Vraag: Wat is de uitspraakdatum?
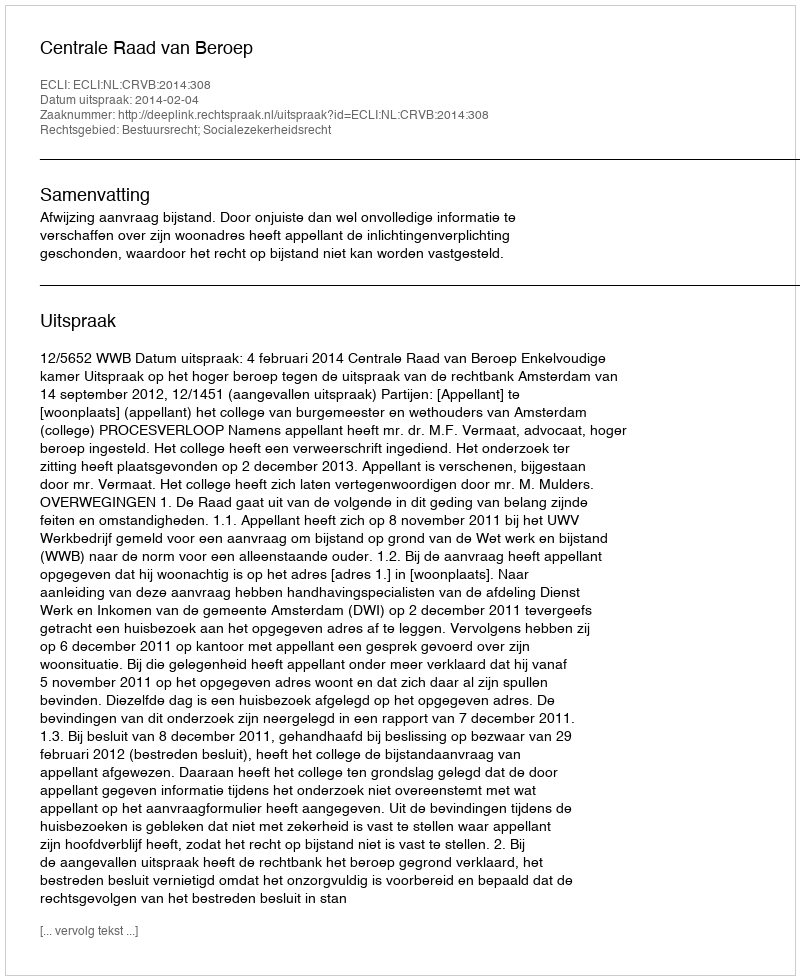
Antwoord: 2014-02-04